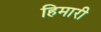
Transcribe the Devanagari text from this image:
हिमारी